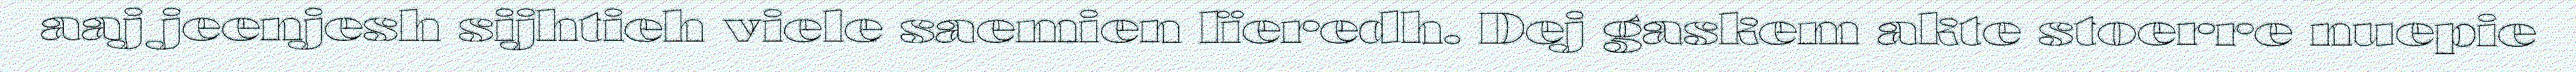
aaj jeenjesh sijhtieh viele saemien lïeredh. Dej gaskem akte stoerre nuepie